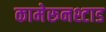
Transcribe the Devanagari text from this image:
कामेरूनश्टाड